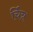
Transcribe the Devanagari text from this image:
र्चित्र